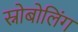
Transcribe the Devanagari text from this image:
स्नोबोलिंग